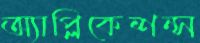
অ্যাপ্লিকেশন্স